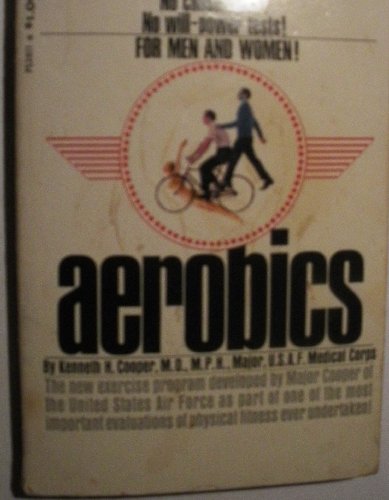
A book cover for AEROBICS; Kenneth H. Cooper; Health, Fitness & Dieting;